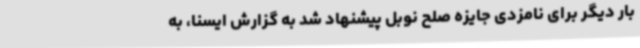
بار دیگر برای نامزدی جایزه صلح نوبل پیشنهاد شد به گزارش ایسنا، به